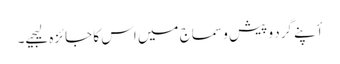
أپنے گرد و پیش و سماج میں اس کا جائزہ لیجیے۔